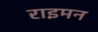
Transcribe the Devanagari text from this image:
राइमन